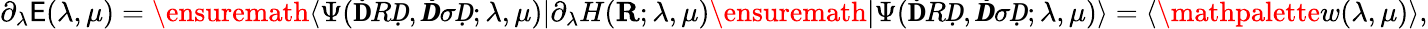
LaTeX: \partial_{\lambda}\mathsf{E}(\lambda,\mu)=\ensuremath{{\langle\Psi(\mathbf{Ḋ}RḌ,\pmbḊ\sigmaḌ;\lambda,\mu)\vert}}\partial_{\lambda}H(\mathbf{{R}};\lambda,\mu)\ensuremath{{\vert\Psi(\mathbf{Ḋ}RḌ,\pmbḊ\sigmaḌ;\lambda,\mu)\rangle}}=\langle\mathpalette{w}(\lambda,\mu)\rangle,